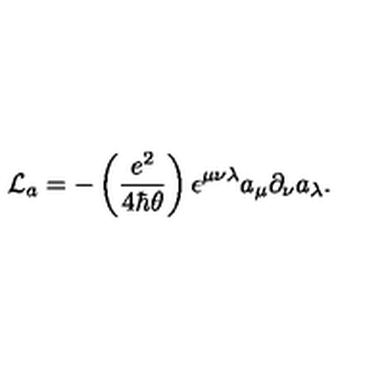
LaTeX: { \mathcal L } _ { a } = - \left( { \frac { e ^ { 2 } } { 4 \hbar \theta } } \right) \epsilon ^ { \mu \nu \lambda } a _ { \mu } \partial _ { \nu } a _ { \lambda } .